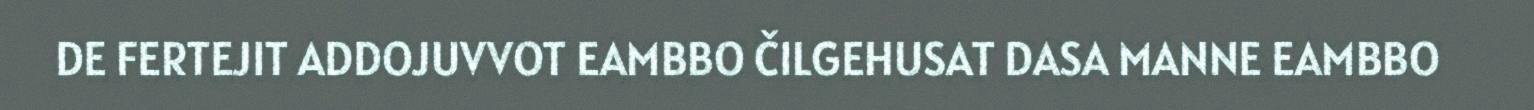
DE FERTEJIT ADDOJUVVOT EAMBBO ČILGEHUSAT DASA MANNE EAMBBO